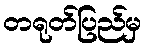
တရုတ်ပြည်မှ